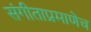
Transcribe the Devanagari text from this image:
संगीताप्रमाणेच